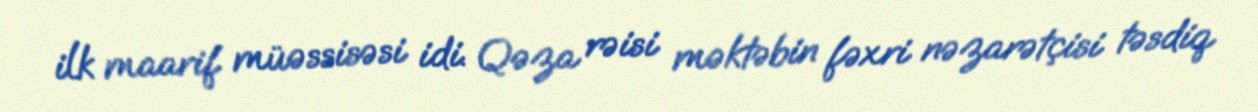
ilk maarif müəssisəsi idi. Qəza rəisi məktəbin fəxri nəzarətçisi təsdiq